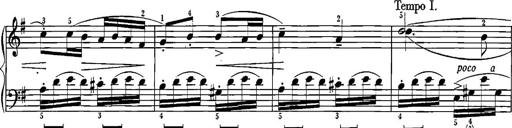
Title: Sonatina for Piano
Composer: BÃ©la BartÃ³k